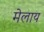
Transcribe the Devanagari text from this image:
मेलाय